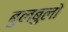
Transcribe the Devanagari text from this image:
बुलबुलो